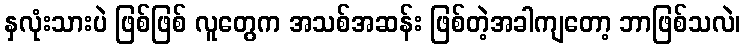
နှလုံးသားပဲ ဖြစ်ဖြစ် လူတွေက အသစ်အဆန်း ဖြစ်တဲ့အခါကျတော့ ဘာဖြစ်သလဲ၊